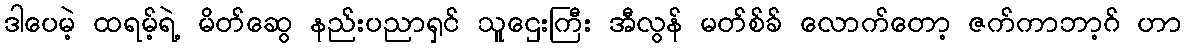
ဒါပေမဲ့ ထရမ့်ရဲ့ မိတ်ဆွေ နည်းပညာရှင် သူဌေးကြီး အီလွန် မတ်စ်ခ် လောက်တော့ ဇက်ကာဘာ့ဂ် ဟာ